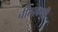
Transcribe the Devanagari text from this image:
चीतावणी